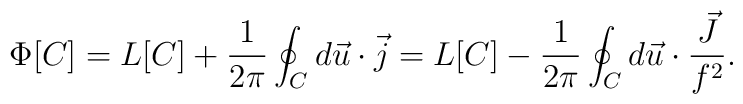
\Phi[C]=L[C]+\frac{1}{2\pi}\oint_C d\vec{u}\cdot\vec{j}=L[C]-\frac{1}{2\pi}\oint_C d\vec{u}\cdot\frac{\vec{J}}{f^2} .